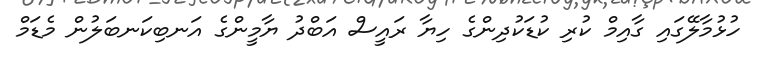
ހުޅުމާލޭގައި ގާއިމް ކުރި ކުޑަކުދިންގެ ހިޔާ ރައީސް އަބްދު ޔާމީންގެ އަނބިކަނބަލުން މެޑަމް